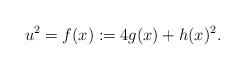
LaTeX: \begin{align*} u^2 = f(x):=4g(x)+h(x)^2.\end{align*}